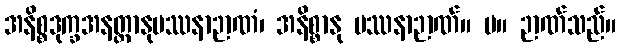
အနိစ္စဒုက္ခအနတ္တာနုပဿနာဉာဏံ၊ အနိစ္စာနု ပဿနာဉာဏ်။ ပ။ ဉာဏ်သည်။